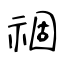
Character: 祻